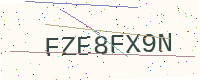
Text: FZE8FX9N